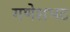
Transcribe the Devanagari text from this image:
गणेशभट